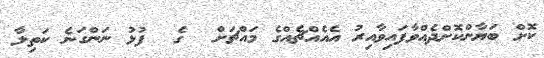
ކޮށް ބަޔާންކޮށްދެއްވާފައިވާއިރު އެއެއްޗެއްގެ މައްޗަށް  ގެ  ފުޅު ނަންގަނެ ކަތިލާ